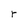
Character: r